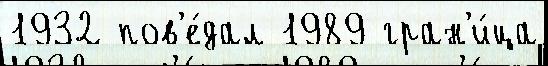
1932 пов'е́дал 1989 гран'и́ца